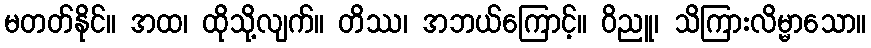
မတတ်နိုင်။ အထ၊ ထိုသို့လျက်။ တိဿ၊ အဘယ်ကြောင့်။ ဝိညူ၊ သိကြားလိမ္မာသော။